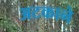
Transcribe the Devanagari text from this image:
अटकाने